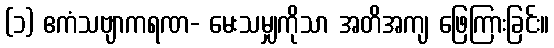
(၁) ဧကံသဗျာကရဏ- မေးသမျှကိုသာ အတိအကျ ဖြေကြားခြင်း။